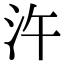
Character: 汻